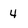
Character: 4